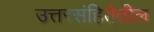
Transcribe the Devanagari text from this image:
उत्तरसंहितेतील